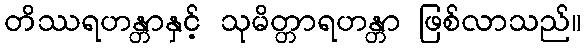
တိဿရဟန္တာနှင့် သုမိတ္တာရဟန္တာ ဖြစ်လာသည်။